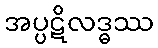
အပ္ပဋိလဒ္ဓဿ